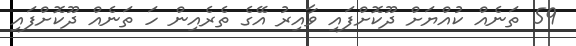
59 ތަނެއް ކުއްޔަށް ދޫކޮށްފައި ވާއިރު އޭގެ ތެރެއިން ހަ ތަނެއް ދޫކޮށްފައި